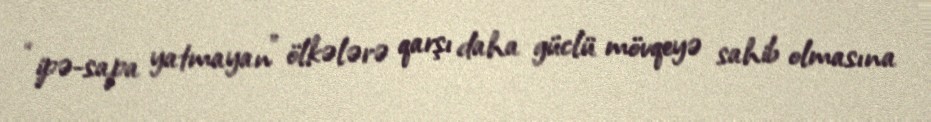
“ipə-sapa yatmayan” ölkələrə qarşı daha güclü mövqeyə sahib olmasına